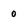
Character: 0